Annual report on the lock hospitals of the Madras Presidency
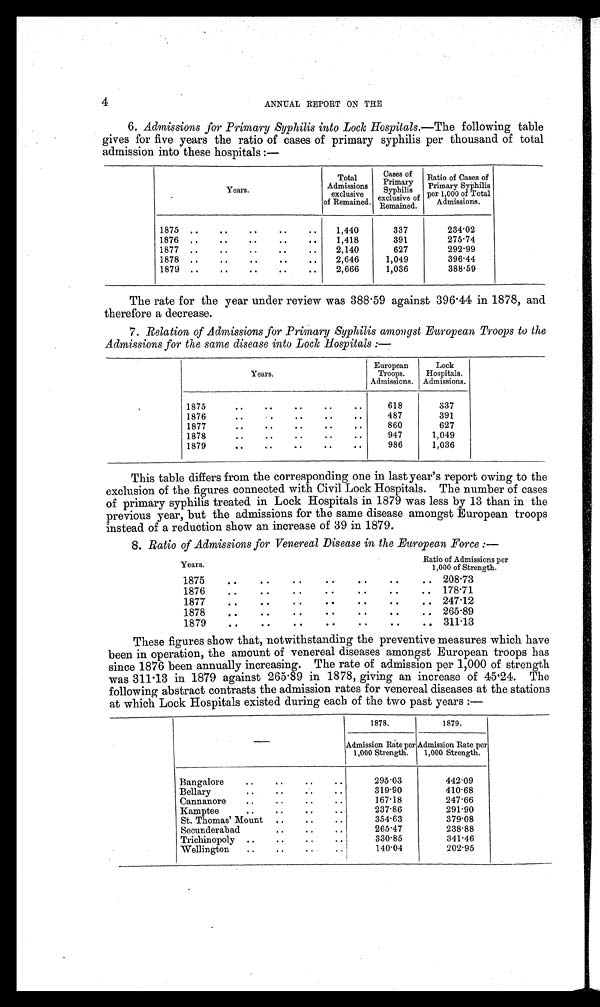
4
ANNUAL REPORT ON THE
6. Admissions for Primary Syphilis into Lock Hospitals.—The following table
gives for five years the ratio of cases of primary syphilis per thousand of total
admission into these hospitals :—
Years.
Total
Admissions
exclusive
of Remained.
Cases of
imar
Primary
Syphilis
exclusive of
Remained.
Ratio of Cases of
-primary primary
r
pe 1,00. 0 of Total
Admissions.
1875 ..
..
..
..
..
1,440
337
234'02
1876
, .
.
..
..
1,418
391
275'74
1877 ..
..
..
..
..
2,140
627
292'99
1878
.
..
.
...
..
2,646
1,049
396'44
1879 ..
..
..
2,666
1,036
388'59
The rate for the year under review was 388 . 59 against 396 . 44 in 1878, and
therefore a decrease.
7. Relation of Admissions for Primary Syphilis amongst European Troops to the
Admissions for the same disease into Lock Hospitals :—
Years.
European
Troops.
Admissions.
Lock
Hospitals.
Admissions.
1875
G
..
—
.
..
618
337
18 7
..
e e
Of
Oe
487
391
1877
.
.
..
860
627
187
..
..
0 .
..
..
947
1,049
1879
.
.
986
1,036
This table differs from the corresponding one in last year's report owing to the
exclusion of the figures connected with Civil Lock Hospitals. The number of cases
of primary syphilis treated in Lock Hospitals in 1879 was less by 13 than in the
previous year, but the admissions for the same disease amongst European troops
instead of a reduction show an increase of 39 in 1879.
8. Ratio of Admissions for Venereal Disease in the European Force :—
Years.
Ratio of Admissions per
1,000 of Strength.
187
..
208'73
1876
. .
..
..
.
..
178 . 71
187
. .
..
247 . 12
187
..
..
265 . 89
1879
.
. ,
311.13
These figures show that, notwithstanding the preventive measures which have
been in operation, the amount of venereal diseases amongst European troops has
since 1876 been annually increasing. The rate of admission per 1,000 of strength
was 311°13 in 1879 against 265 . 89 in 1878, giving an increase of 45 .24. The
following abstract contrasts the admission rates for venereal diseases at the stations
at which Lock Hospitals existed during each of the two past years :—
1878.
1879.
Admission Rate per
1,000 Strength.
Admission Rate per
1,000 Strength.
Bangalore
..
..
..
..
295'03
442'09
Bellary..
..
.
.
410'68
Cannanore
..
..
..
..
167-18
247'66
Kamptee
..
237'86
291'90
St. Thomas' Mount
..
..
..
354'63
379'08
Secunderabad
..
.
..
265'47
238'88
Trichinopoly ..
..
..
..
330'85
341.46
Wellington
..
..
..
140'04
202'95